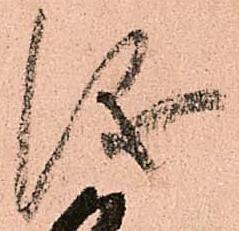
儀